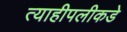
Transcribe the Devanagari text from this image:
त्याहीपलीकडे